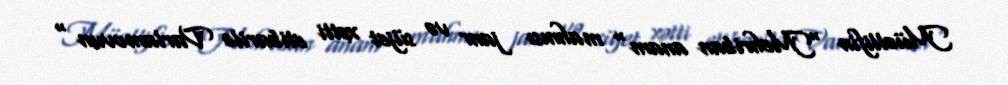
Müəllifin "Mehriban anam" mahnısı janr və süjet xətti etibarilə Varlamovun "